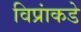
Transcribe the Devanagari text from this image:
विप्रांकडे